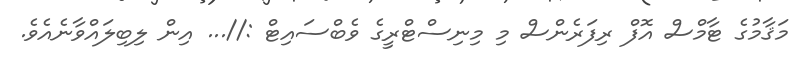
މަޤާމުގެ ޓާމްސް އޮފް ރިފަރެންސް މި މިނިސްޓްރީގެ ވެބްސައިޓް ://... އިން ލިބިލައްވާނެއެވެ.